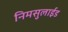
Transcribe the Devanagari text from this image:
निमसुलाईड